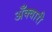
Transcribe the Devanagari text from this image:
अँक्वारी